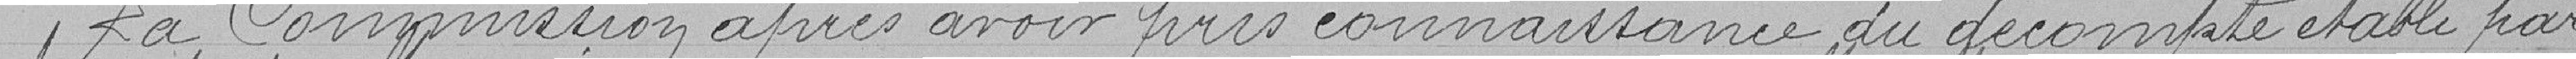
sa Commission après avoir pris connaissance du décompte établi par